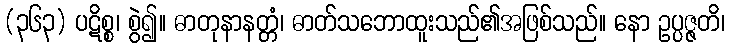
(၃၆၃) ပဋိစ္စ၊ စွဲ၍။ ဓာတုနာနတ္တံ၊ ဓာတ်သဘောထူးသည်၏အဖြစ်သည်။ နော ဥပ္ပဇ္ဇတိ၊